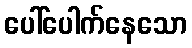
ပေါ်ပေါက်နေသော